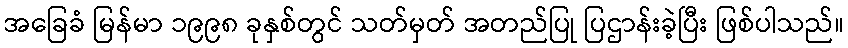
အခြေခံ မြန်မာ ၁၉၉၈ ခုနှစ်တွင် သတ်မှတ် အတည်ပြု ပြဌာန်းခဲ့ပြီး ဖြစ်ပါသည်။